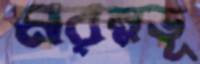
মরম্নভূ